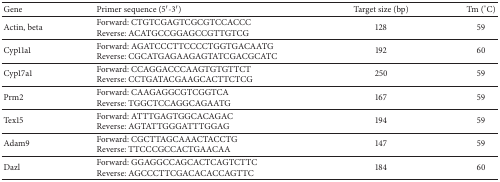
<table><thead><tr><td><b>Gene</b></td><td><b>Primer sequence (5′-3′)</b></td><td><b>Target size (bp)</b></td><td><b>Tm (°C)</b></td></tr></thead><tbody><tr><td>Actin, beta</td><td>Forward: CTGTCGAGTCGCGTCCACCCReverse: ACATGCCGGAGCCGTTGTCG</td><td>128</td><td>59</td></tr><tr><td>Cyp11a1</td><td>Forward: AGATCCCTTCCCCTGGTGACAATGReverse: CGCATGAGAAGAGTATCGACGCATC</td><td>192</td><td>60</td></tr><tr><td>Cyp17a1</td><td>Forward: CCAGGACCCAAGTGTGTTCTReverse: CCTGATACGAAGCACTTCTCG</td><td>250</td><td>59</td></tr><tr><td>Prm2</td><td>Forward: CAAGAGGCGTCGGTCAReverse: TGGCTCCAGGCAGAATG</td><td>167</td><td>59</td></tr><tr><td>Tex15</td><td>Forward: ATTTGAGTGGCACAGACReverse: AGTATTGGGATTTGGAG</td><td>194</td><td>59</td></tr><tr><td>Adam9</td><td>Forward: CGCTTAGCAAACTACCTGReverse: TTCCCGCCACTGAACAA</td><td>147</td><td>59</td></tr><tr><td>Dazl</td><td>Forward: GGAGGCCAGCACTCAGTCTTCReverse: AGCCCTTCGACACACCAGTTC</td><td>184</td><td>60</td></tr></tbody></table>